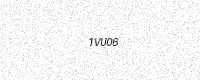
Text: 1VU06